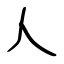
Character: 人